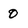
Character: 0